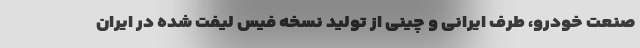
صنعت خودرو، طرف ایرانی و چینی از تولید نسخه فیس لیفت شده در ایران